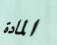
المادة